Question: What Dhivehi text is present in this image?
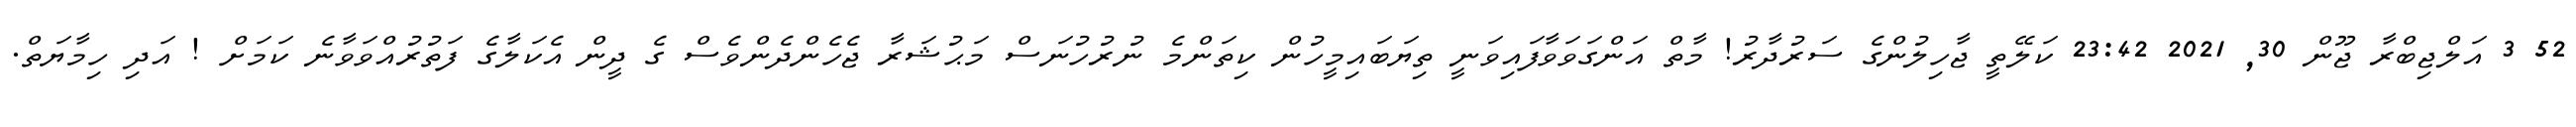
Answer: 52 3 އަލްޖިބްރާ ޖޫން 30, 2021 23:42 ކަލޭތީ ޖާހިލުންގެ ސަރުދާރު! މާތް އަންގަވަވާފައިވަނީ ތިޔަބައިމީހުން ކިތަންމެ ނުރުހުނަސް މަޙުޝަރާ ޖެހެންދެންވެސް ގެ ދީން އެކަލާގެ ފަތުރުއްވަވާނެ ކަމަށް ! އަދި ހިމާޔަތް.